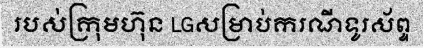
របស់ក្រុមហ៊ុន LGសម្រាប់ករណីទូរស័ព្ទ